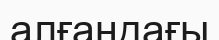
алғандағы